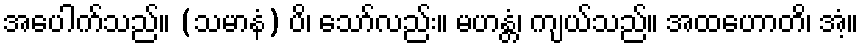
အပေါက်သည်။ (သမာနံ) ပိ၊ သော်လည်း။ မဟန္တံ၊ ကျယ်သည်။ အထဟောတိ၊ အံ့။